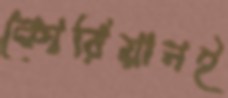
কোরিয়ানই